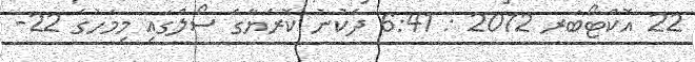
22 އޮކްޓޯބަރ 2012 : 6:41 ދެކުނު ކޮރެޔާގެ ސޯލްގައި މިމަހުގެ 22-